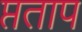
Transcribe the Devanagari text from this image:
प्तताप